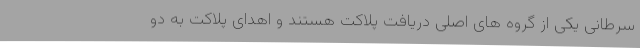
سرطانی یکی از گروه های اصلی دریافت پلاکت هستند و اهدای پلاکت به دو